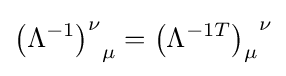
{\left(\Lambda ^{-1}\right)^{\nu }}_{\mu }={\left(\Lambda ^{-1T}\right)_{\mu }}^{\nu }